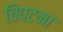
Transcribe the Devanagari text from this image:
चिपटना